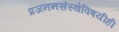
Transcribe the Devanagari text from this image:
प्रजननसंस्थेविषयीही